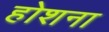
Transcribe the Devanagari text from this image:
होशना